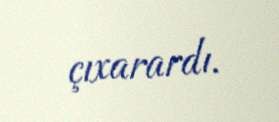
çıxarardı.